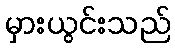
မှားယွင်းသည်